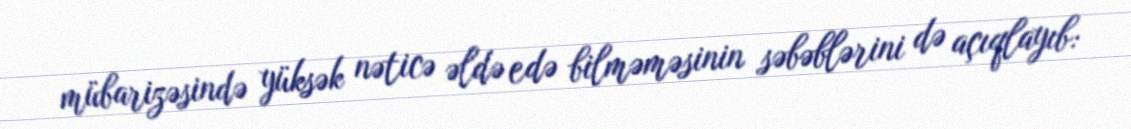
mübarizəsində yüksək nəticə əldə edə bilməməsinin səbəblərini də açıqlayıb: